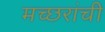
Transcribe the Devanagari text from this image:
मच्छरांची